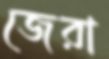
জেরা